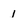
Character: 1